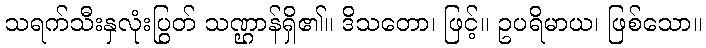
သရက်သီးနှလုံးပြွတ် သဏ္ဌာန်ရှိ၏။ ဒိသတော၊ ဖြင့်။ ဥပရိမာယ၊ ဖြစ်သော။